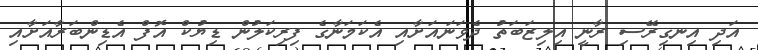
އަދި އިނގިރޭސި ރާނީ އިލިޒަބަތު ދެވަނައަށާއި އެކަމަނާގެ ފިރިކަލުން ޑިޔުކް އޮފް އެޑިންބަރާއަށާއި